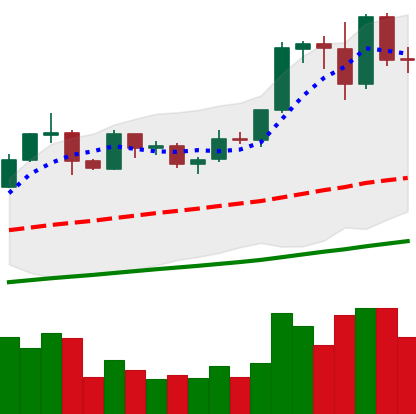
Ticker: EOS-USD
Chart end date: 2019-06-02
Forward return: -14.313%
Label: down_7plus